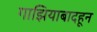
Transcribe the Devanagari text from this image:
गाझियाबादहून